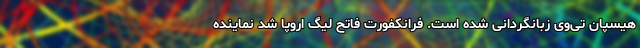
هیسپان تی‌وی زبانگردانی شده است. فرانکفورت فاتح لیگ اروپا شد نماینده